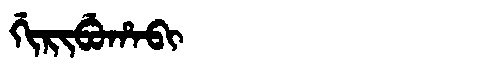
Manchu: ᡤᡳᡵᡳᠪᡠᡥᠠᠪᡳ
Romanization: GIRIBUHABI